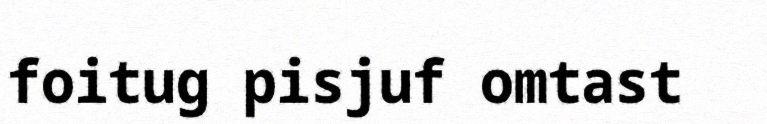
foitug pisjuf omtast